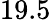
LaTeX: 19.5